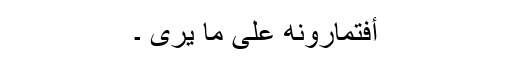
أَفَتُمَارُونَھ عَلَی مَا یَرَی ۔